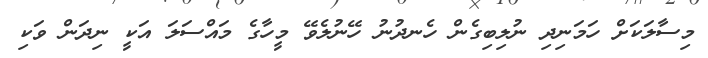
މިސާލަކަށް ހަމަނިދި ނުލިބިގެން ހެނދުނު ހޭނުލެވޭ މީހާގެ މައްސަލަ އަކީ ނިދަން ވަކި